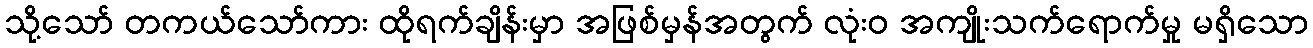
သို့သော် တကယ်သော်ကား ထိုရက်ချိန်းမှာ အဖြစ်မှန်အတွက် လုံးဝ အကျိုးသက်ရောက်မှု မရှိသော